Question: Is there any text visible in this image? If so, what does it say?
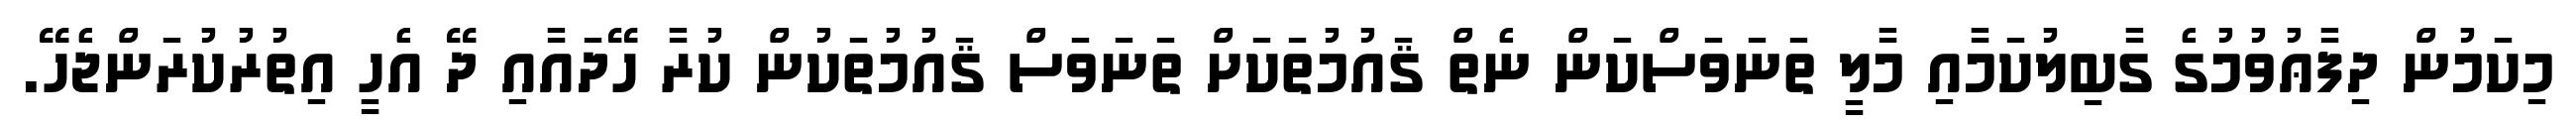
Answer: މިކަމުން ދިފާޢުވުމުގެ ގާބިލުކަމާއި މާލީ ތަނަވަސްކަން ނެތް ޤައުމުތަކަށް ތަނަވަސް ޤައުމުތަކުން ކުރާ ހޭދައާއި ދޭ އެހީ އިތުރުކުރަންޖެހޭ.